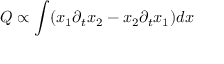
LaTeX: Q \propto \int ( x _ { 1 } \partial _ { t } x _ { 2 } - x _ { 2 } \partial _ { t } x _ { 1 } ) d x